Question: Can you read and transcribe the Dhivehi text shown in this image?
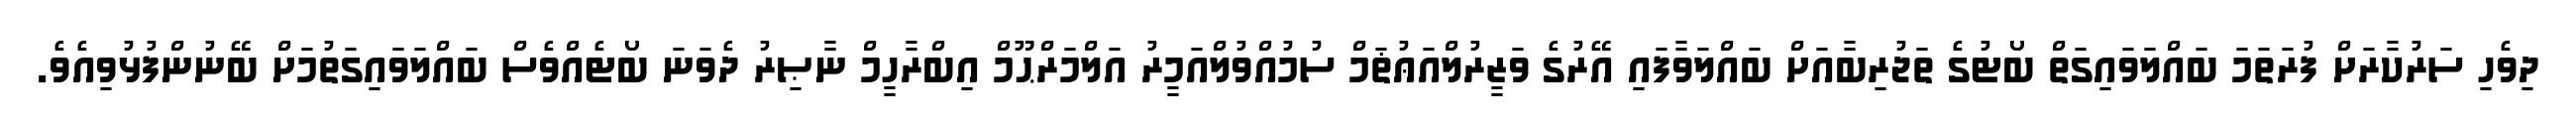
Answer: ދިވެހި ސަރުކާރަށް ފުރަތަމަ ބައްލަވައިގަތް ބޯޓުގެ ތަޖުރިބާއަށް ބައްލަވާފައި އޭރުގެ ވަޒީރުލްއަޢުޡަމް ސުމުއްވުލްއަމީރު އަލްމަރްޙޫމް އިބްރާހީމް ނާޞިރު ދެވަނަ ބޯޓެއްވެސް ބައްލަވައިގަތުމަށް ބޭނުންފުޅުވިއެވެ.